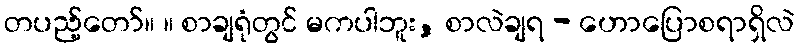
တပည့်တော်။ ။ စာချရုံတွင် မကပါဘူး, စာလဲချရ - ဟောပြောစရာရှိလဲ